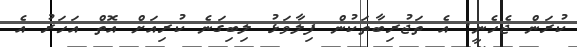
ކުރަން ޖެހެނީ. އެ ތަޖުރިބާތަކުން ފިލާވަޅު ލިބިގަނެ ކުރިއަށް އޮތް އަހަރު އެ